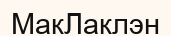
МакЛаклэн